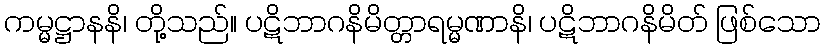
ကမ္မဋ္ဌာနနိ၊ တို့သည်။ ပဋိဘာဂနိမိတ္တာရမ္မဏာနိ၊ ပဋိဘာဂနိမိတ် ဖြစ်သော